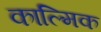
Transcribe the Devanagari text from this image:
काल्मिक